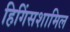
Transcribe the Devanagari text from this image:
हिगिंसशामिल